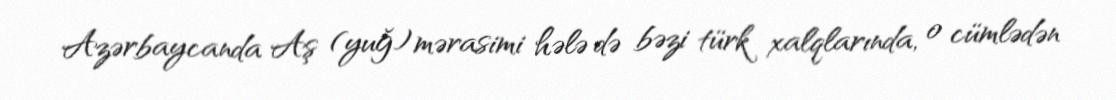
Azərbaycanda Aş (yuğ) mərasimi hələ də bəzi türk xalqlarında, o cümlədən